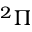
^ 2 \Pi